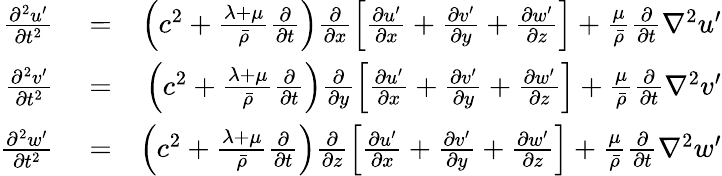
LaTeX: \begin{array}{rlr}{\frac{\partial^{2}u^{\prime}}{\partial t^{2}}}&{{}=}&{\left(c^{2}+\frac{\lambda+\mu}{\bar{\rho}}\frac{\partial}{\partial t}\right)\frac{\partial}{\partial x}\left[\frac{\partial u^{\prime}}{\partial x}+\frac{\partial v^{\prime}}{\partial y}+\frac{\partial w^{\prime}}{\partial z}\right]+\frac{\mu}{\bar{\rho}}\frac{\partial}{\partial t}\nabla^{2}u^{\prime}}\\ {\frac{\partial^{2}v^{\prime}}{\partial t^{2}}}&{{}=}&{\left(c^{2}+\frac{\lambda+\mu}{\bar{\rho}}\frac{\partial}{\partial t}\right)\frac{\partial}{\partial y}\left[\frac{\partial u^{\prime}}{\partial x}+\frac{\partial v^{\prime}}{\partial y}+\frac{\partial w^{\prime}}{\partial z}\right]+\frac{\mu}{\bar{\rho}}\frac{\partial}{\partial t}\nabla^{2}v^{\prime}}\\ {\frac{\partial^{2}w^{\prime}}{\partial t^{2}}}&{{}=}&{\left(c^{2}+\frac{\lambda+\mu}{\bar{\rho}}\frac{\partial}{\partial t}\right)\frac{\partial}{\partial z}\left[\frac{\partial u^{\prime}}{\partial x}+\frac{\partial v^{\prime}}{\partial y}+\frac{\partial w^{\prime}}{\partial z}\right]+\frac{\mu}{\bar{\rho}}\frac{\partial}{\partial t}\nabla^{2}w^{\prime}}\end{array}